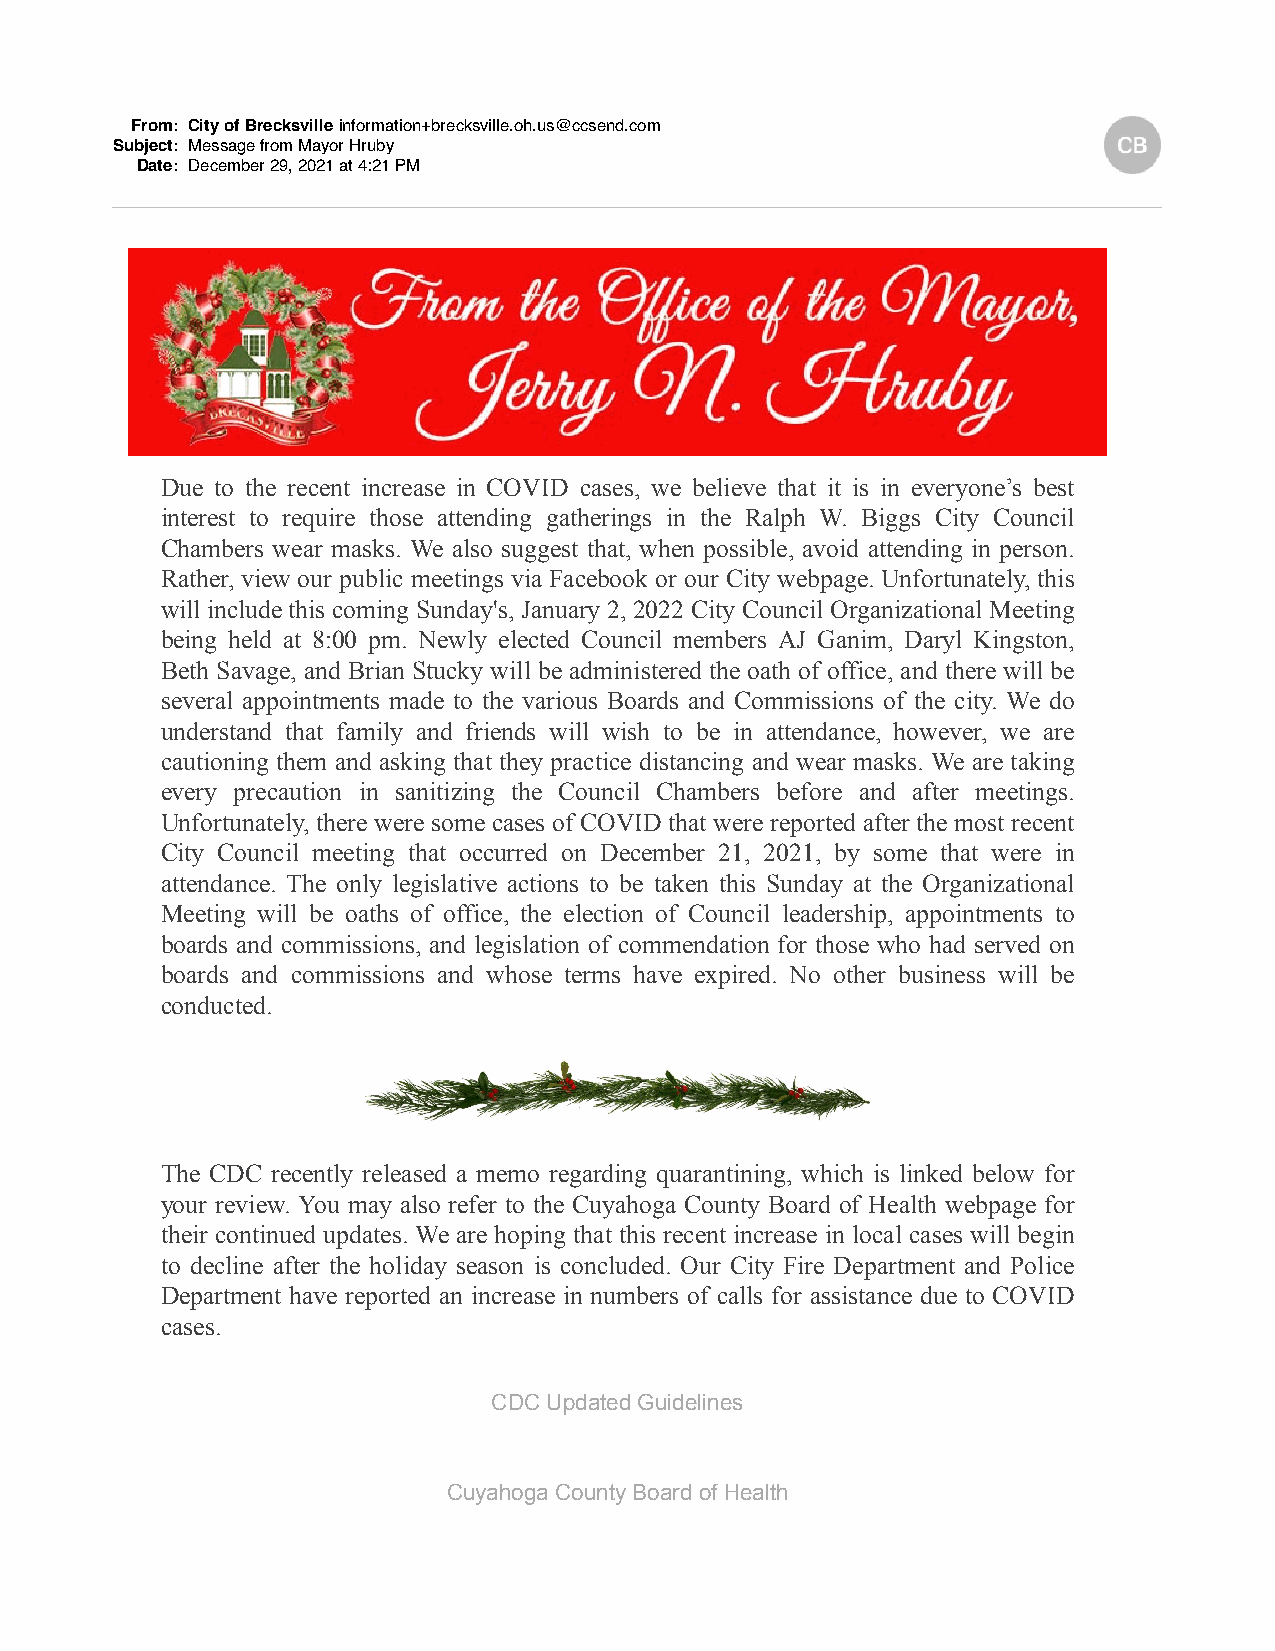
From: City of Brecksville information+brecksville.oh.us@ccsend.com
 Subject: Message from Mayor Hruby
 Date: December 29, 2021 at 4:21 PM
 Due to the recent increase in COVID cases, we believe that it is in everyone’s best
 interest to require those attending gatherings in the Ralph W. Biggs City Council
 Chambers wear masks. We also suggest that, when possible, avoid attending in person.
 Rather, view our public meetings via Facebook or our City webpage. Unfortunately, this
 will include this coming Sunday's, January 2, 2022 City Council Organizational Meeting
 being held at 8:00 pm. Newly elected Council members AJ Ganim, Daryl Kingston,
 Beth Savage, and Brian Stucky will be administered the oath of office, and there will be
 several appointments made to the various Boards and Commissions of the city. We do
 understand that family and friends will wish to be in attendance, however, we are
 cautioning them and asking that they practice distancing and wear masks. We are taking
 every precaution in sanitizing the Council Chambers before and after meetings.
 Unfortunately, there were some cases of COVID that were reported after the most recent
 City Council meeting that occurred on December 21, 2021, by some that were in
 attendance. The only legislative actions to be taken this Sunday at the Organizational
 Meeting will be oaths of office, the election of Council leadership, appointments to
 boards and commissions, and legislation of commendation for those who had served on
 boards and commissions and whose terms have expired. No other business will be
 conducted.
 The CDC recently released a memo regarding quarantining, which is linked below for
 your review. You may also refer to the Cuyahoga County Board of Health webpage for
 their continued updates. We are hoping that this recent increase in local cases will begin
 to decline after the holiday season is concluded. Our City Fire Department and Police
 Department have reported an increase in numbers of calls for assistance due to COVID
 cases.
 CDC Updated Guidelines
 Cuyahoga County Board of Health